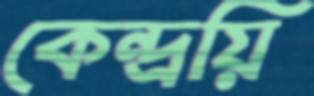
কেন্দ্রয়ি